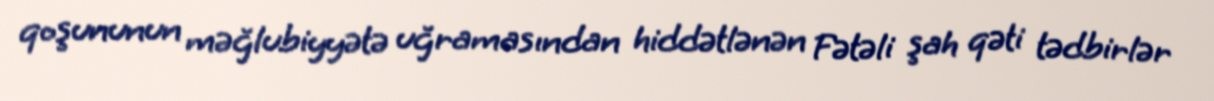
qoşununun məğlubiyyətə uğramasından hiddətlənən Fətəli şah qəti tədbirlər